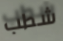
شطب